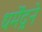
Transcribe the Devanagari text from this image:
धर्मेंद्रने